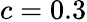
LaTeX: c=0.3